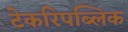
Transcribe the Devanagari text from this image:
टेकरिपब्लिक